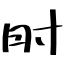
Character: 肘